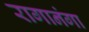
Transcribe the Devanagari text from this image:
रागानंगा